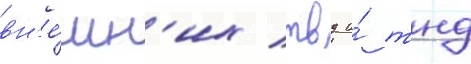
вн'е́шн'их твд и́ тнд